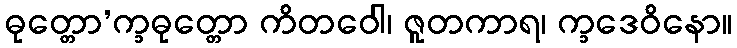
ဓုတ္တော’က္ခဓုတ္တော ကိတဝေါ၊ ဇူတကာရ၊ က္ခဒေဝိနော။